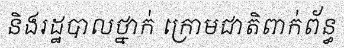
និងរដ្ឋបាលថ្នាក់ ក្រោមជាតិពាក់ព័ន្ធ